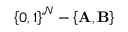
\left\{ 0 , 1 \right\} ^ { \mathcal { N } } - \left\{ \mathbf { A } , \mathbf { B } \right\}